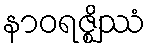
နာဝရဇ္ဈိဿံ